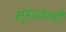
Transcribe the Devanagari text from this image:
गुंडाळावी